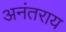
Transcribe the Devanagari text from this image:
अनंतराय